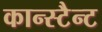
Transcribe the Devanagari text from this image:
कान्स्टैन्ट